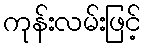
ကုန်းလမ်းဖြင့်